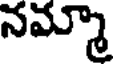
నమ్మా